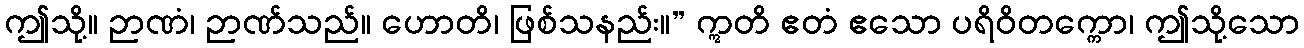
ဤသို့။ ဉာဏံ၊ ဉာဏ်သည်။ ဟောတိ၊ ဖြစ်သနည်း။” ဣတိ ဧတံ ဧသော ပရိဝိတက္ကော၊ ဤသို့သော